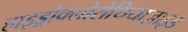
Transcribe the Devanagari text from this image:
हाइड्रोक्लोरोथियाज़ाइड